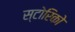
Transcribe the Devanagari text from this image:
स्टोरिको